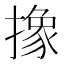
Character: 𪮱